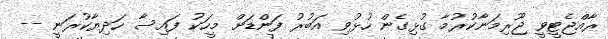
ރާއްޖެޓީވީ ޖޫރިމަނާކުރުމާ ގުޅިގެން ހުޅުވި އަބުރު ފަންޑަށް މީހަކު ފައިސާ ހަދިޔާކުރަނީ --